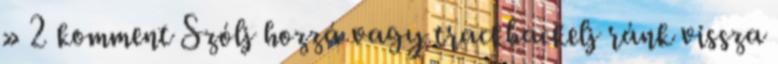
» 2 komment Szólj hozzá vagy trackbackelj ránk vissza